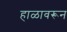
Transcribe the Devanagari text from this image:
हाळावरून